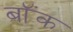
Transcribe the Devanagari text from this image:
बॉंक